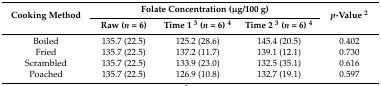
<table><thead><tr><td rowspan="2"><b>Cooking Method</b></td><td colspan="3"><b>Folate Concentration (μg/100 g)</b></td><td rowspan="2"><b><i>p</i>-Value <sup>2</sup></b></td></tr><tr><td><b>Raw (<i>n</i> = 6)</b></td><td><b>Time 1 <sup>3</sup> (<i>n</i> = 6) <sup>4</sup></b></td><td><b>Time 2 <sup>3</sup> (<i>n</i> = 6) <sup>4</sup></b></td></tr></thead><tbody><tr><td>Boiled</td><td>135.7 (22.5)</td><td>125.2 (28.6)</td><td>145.4 (20.5)</td><td>0.402</td></tr><tr><td>Fried</td><td>135.7 (22.5)</td><td>137.2 (11.7)</td><td>139.1 (12.1)</td><td>0.730</td></tr><tr><td>Scrambled</td><td>135.7 (22.5)</td><td>133.9 (23.0)</td><td>132.5 (35.1)</td><td>0.616</td></tr><tr><td>Poached</td><td>135.7 (22.5)</td><td>126.9 (10.8)</td><td>132.7 (19.1)</td><td>0.597</td></tr></tbody></table>